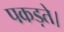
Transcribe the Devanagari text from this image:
पकड़ते।